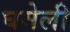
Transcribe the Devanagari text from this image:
घमेली